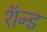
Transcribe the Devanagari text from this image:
शॅन्ड